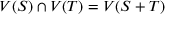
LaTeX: V ( S ) \cap V ( T ) = V ( S + T )